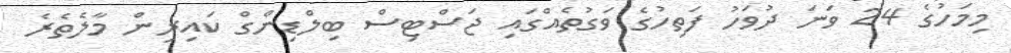
މިމަހުގެ 24 ވަނަ ދުވަހު ފަތިހުގެ ވަގުތެއްގައި ޖަސްޓިސް ބިލްޑިންގް ކައިރިން މާލެތެރެ